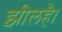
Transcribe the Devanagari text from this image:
झीलहै।